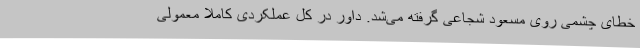
خطای چشمی روی مسعود شجاعی گرفته می‌شد. داور در کل عملکردی کاملا معمولی